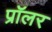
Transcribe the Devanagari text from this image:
प्रॉलर